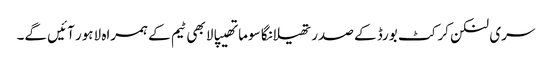
سری لنکن کرکٹ بورڈ کے صدر تھیلانگا سوماتھیپالا بھی ٹیم کے ہمراہ لاہور آئیں گے۔